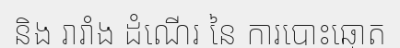
និង រារាំង ដំណើរ នៃ ការបោះឆ្នោត